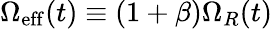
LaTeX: {\Omega_{{\mathrm{eff}}}(t)\equiv(1+\beta)\Omega_{R}(t)}